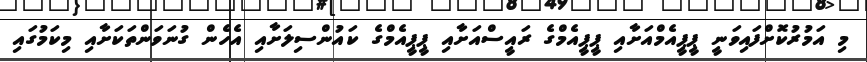
މި އަމުރުކޮށްފައިވަނީ ޕީޕީއެމްއަށާއި ޕީޕީއެމްގެ ރައީސްއަށާއި ޕީޕީއެމްގެ ކައުންސިލަށާއި އެހެން ގުނަވަންތަކަށާއި މިކަމުގައި